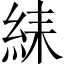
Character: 䋘